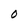
Character: 0